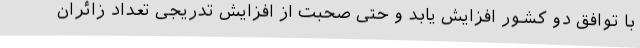
با توافق دو کشور افزایش یابد و حتی صحبت از افزایش تدریجی تعداد زائران